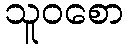
သူဝစော